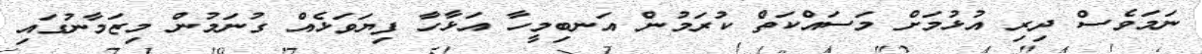
ނަމަވެސް ދިރި އުޅުމަށް މަސައްކަތް ކުރަމުން އަނބިމީހާ އަޅާހާ ފިޔަވަޅެއް ގުނަމުން މިޒަމާނުގައި